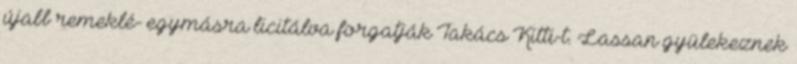
újabb remeklé- egymásra licitálva forgatják Takács Kitti-t. Lassan gyülekeznek